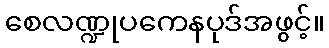
စေလဏ္ဍုပကေနပုဒ်အဖွင့်။